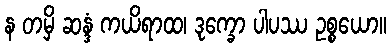
န တမှိ ဆန္ဒံ ကယိရာထ၊ ဒုက္ခော ပါပဿ ဥစ္စယော။